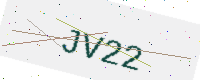
Text: JV22